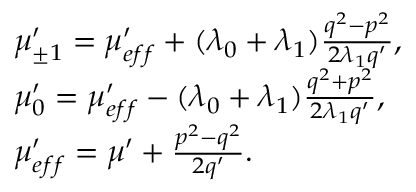
\begin{array} { r l } & { \mu _ { \pm 1 } ^ { \prime } = \mu _ { e f f } ^ { \prime } + ( \lambda _ { 0 } + \lambda _ { 1 } ) \frac { q ^ { 2 } - p ^ { 2 } } { 2 \lambda _ { 1 } q ^ { \prime } } , } \\ & { \mu _ { 0 } ^ { \prime } = \mu _ { e f f } ^ { \prime } - ( \lambda _ { 0 } + \lambda _ { 1 } ) \frac { q ^ { 2 } + p ^ { 2 } } { 2 \lambda _ { 1 } q ^ { \prime } } , } \\ & { \mu _ { e f f } ^ { \prime } = \mu ^ { \prime } + \frac { p ^ { 2 } - q ^ { 2 } } { 2 q ^ { \prime } } . } \end{array}